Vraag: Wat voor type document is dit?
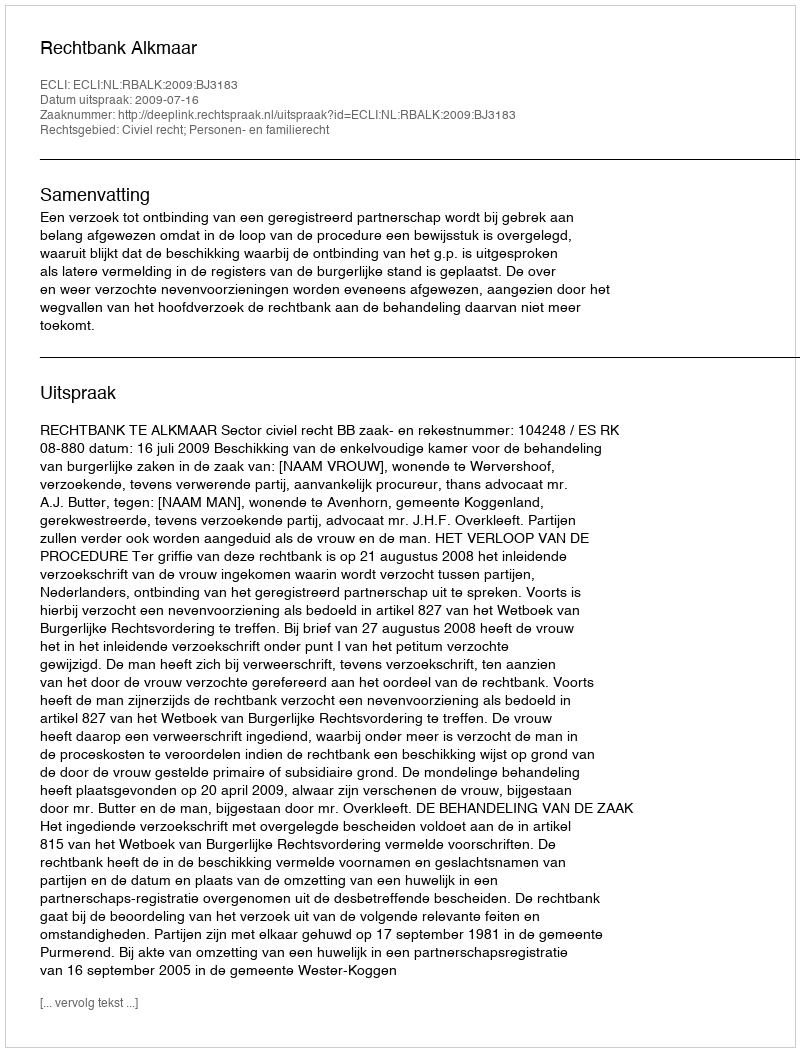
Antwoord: Uitspraak